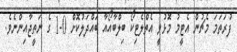
ފުރަތަމަ މެޗުން އެޓީމު މޮޅުވީ އެތްލެޓިކޯ ބިލްބާއޯއާ ބައްދަލުކޮށް 0-1 ގެ ނަތީޖާއިންނެވެ.